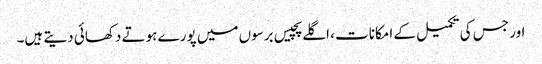
اور جس کی تکمیل کے امکانات ، اگلے پچیس برسوں میں پورے ہوتے دکھائی دیتے ہیں۔